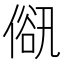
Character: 𠌋